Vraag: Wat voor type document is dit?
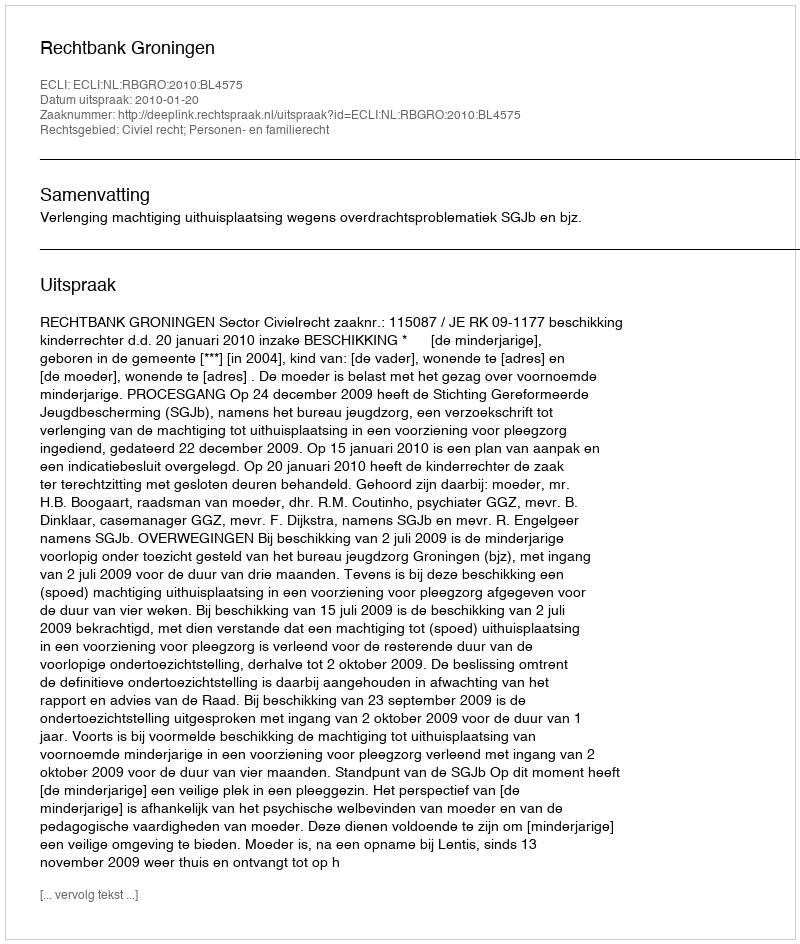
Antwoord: Uitspraak